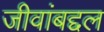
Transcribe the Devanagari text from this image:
जीवांबद्दल